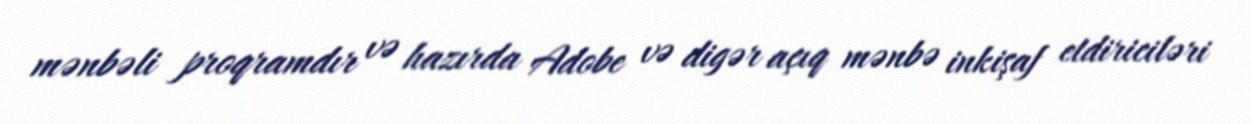
mənbəli proqramdır və hazırda Adobe və digər açıq mənbə inkişaf etdiriciləri